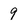
Character: 9